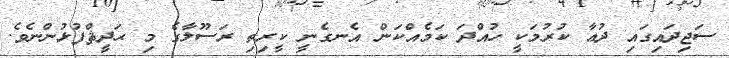
ސަޖިދައިގައި ދުޢާ ކުރުމަކީ ހުއްދަ ކަމެއްކަން އެނގެނީ ކީރިތި ރަސޫލާގެ މި ޙަދީޘްފުޅުންނެވެ.